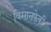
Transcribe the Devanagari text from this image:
विमानफेकी